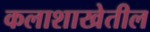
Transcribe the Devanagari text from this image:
कलाशाखेतील